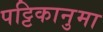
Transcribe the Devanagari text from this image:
पट्टिकानुमा